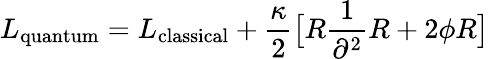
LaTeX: L_{\mathrm{quantum}}=L_{\mathrm{classical}}+{\frac{\kappa}{2}}\big[R{\frac{1}{\partial^{2}}}R+2\phi R\big]